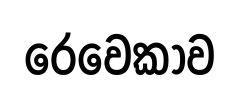
රෙවෙකාව